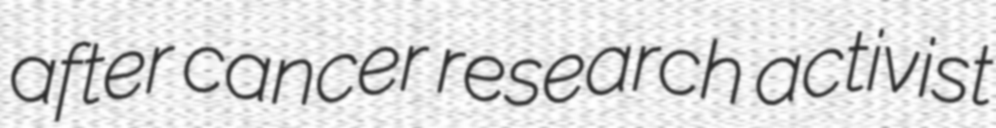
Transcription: after cancer research activist